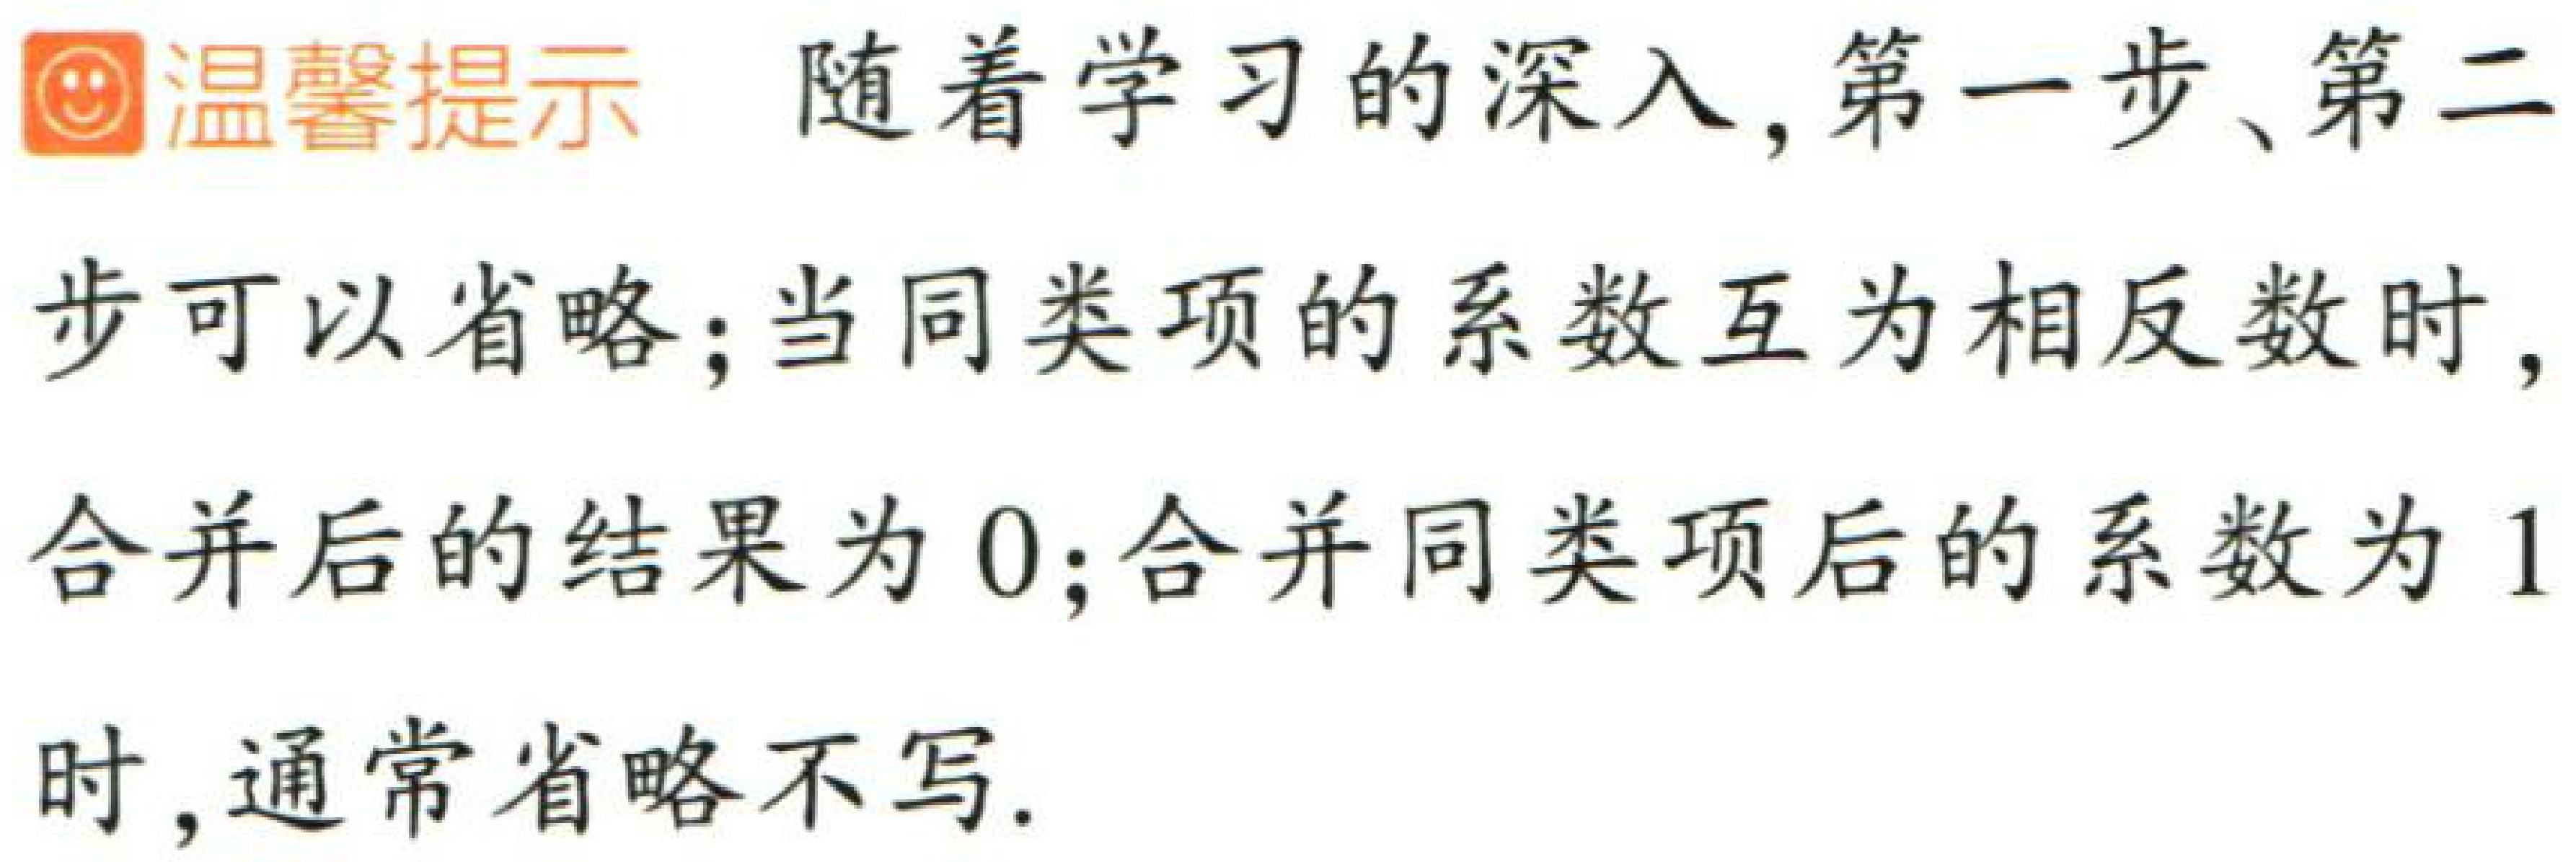
温馨提示 随着学习的深入, 第一步、第二步可以省略; 当同类项的系数互为相反数时, 合并后的结果为 \( 0 \); 合并同类项后的系数为 \( 1 \) 时, 通常省略不写.